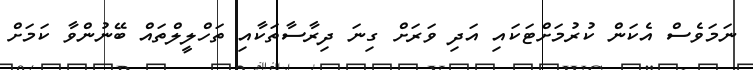
ނަމަވެސް އެކަން ކުރުމަށްޓަކައި އަދި ވަރަށް ގިނަ ދިރާސާތަކާއި ތަހްލީލްތައް ބޭނުންވާ ކަމަށް